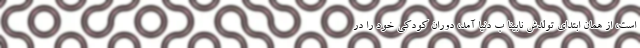
است، از همان ابتدای تولدش نابینا ب دنیا آمد، دوران کودکی خود را در